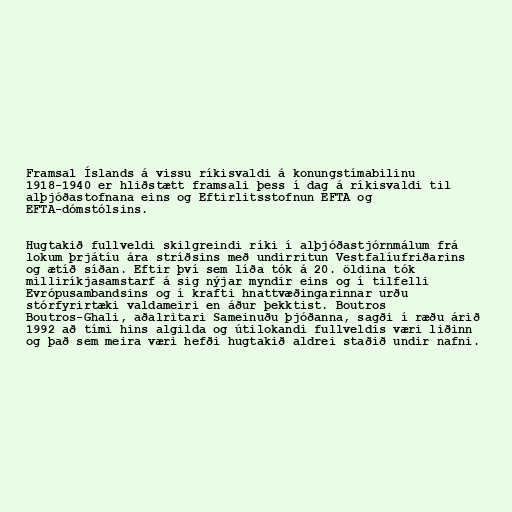
Framsal Íslands á vissu ríkisvaldi á konungstímabilinu
1918-1940 er hliðstætt framsali þess í dag á ríkisvaldi til
alþjóðastofnana eins og Eftirlitsstofnun EFTA og
EFTA-dómstólsins.

Hugtakið fullveldi skilgreindi ríki í alþjóðastjórnmálum frá
lokum þrjátíu ára stríðsins með undirritun Vestfalíufriðarins
og ætíð síðan. Eftir því sem líða tók á 20. öldina tók
milliríkjasamstarf á sig nýjar myndir eins og í tilfelli
Evrópusambandsins og í krafti hnattvæðingarinnar urðu
stórfyrirtæki valdameiri en áður þekktist. Boutros
Boutros-Ghali, aðalritari Sameinuðu þjóðanna, sagði í ræðu árið
1992 að tími hins algilda og útilokandi fullveldis væri liðinn
og það sem meira væri hefði hugtakið aldrei staðið undir nafni.